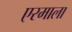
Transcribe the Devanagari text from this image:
एरमाला